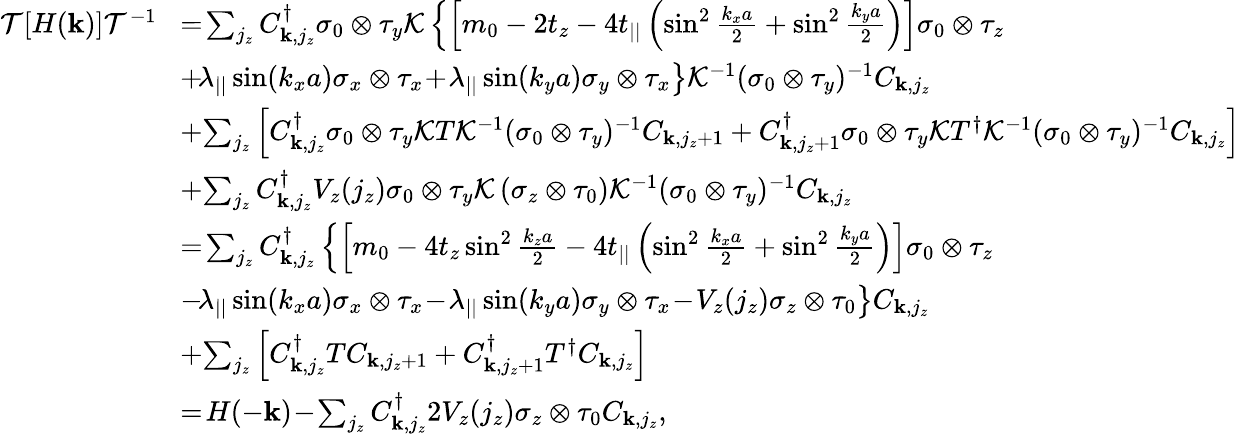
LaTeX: \begin{array}{rl}{{\cal T}[H({\mathbf k})]{\cal T}^{-1}}&{\! =\! \sum_{j_{z}}C_{{\mathbf k},j_{z}}^{\dagger}\sigma_{0}\otimes\tau_{y}{\cal K}\left\{ \left[m_{0}-2t_{z}-4t_{||}\left(\sin^{2}\frac{k_{x}a}{2}+\sin^{2}\frac{k_{y}a}{2}\right)\right]\sigma_{0}\otimes\tau_{z}\right.}\\ &{\left.\! +\! \lambda_{||}\sin(k_{x}a)\sigma_{x}\otimes\tau_{x}\! +\! \lambda_{||}\sin(k_{y}a)\sigma_{y}\otimes\tau_{x}\right\} {\cal K}^{-1}(\sigma_{0}\otimes\tau_{y})^{-1}C_{{\mathbf k},j_{z}}}\\ &{\! +\! \sum_{j_{z}}\left[C_{{\mathbf k},j_{z}}^{\dagger}\sigma_{0}\otimes\tau_{y}{\cal K}T{\cal K}^{-1}(\sigma_{0}\otimes\tau_{y})^{-1}C_{{\mathbf k},j_{z}+1}+C_{{\mathbf k},j_{z}+1}^{\dagger}\sigma_{0}\otimes\tau_{y}{\cal K}T^{\dagger}{\cal K}^{-1}(\sigma_{0}\otimes\tau_{y})^{-1}C_{{\mathbf k},j_{z}}\right]}\\ &{\! +\! \sum_{j_{z}}C_{{\mathbf k},j_{z}}^{\dagger}V_{z}(j_{z})\sigma_{0}\otimes\tau_{y}{\cal K}\left(\sigma_{z}\otimes\tau_{0}\right){\cal K}^{-1}(\sigma_{0}\otimes\tau_{y})^{-1}C_{{\mathbf k},j_{z}}}\\ &{\! =\! \sum_{j_{z}}C_{{\mathbf k},j_{z}}^{\dagger}\left\{ \left[m_{0}-4t_{z}\sin^{2}\frac{k_{z}a}{2}-4t_{||}\left(\sin^{2}\frac{k_{x}a}{2}+\sin^{2}\frac{k_{y}a}{2}\right)\right]\sigma_{0}\otimes\tau_{z}\right.}\\ &{\left.\! -\! \lambda_{||}\sin(k_{x}a)\sigma_{x}\otimes\tau_{x}\! -\! \lambda_{||}\sin(k_{y}a)\sigma_{y}\otimes\tau_{x}\! -\! V_{z}(j_{z})\sigma_{z}\otimes\tau_{0}\right\} C_{{\mathbf k},j_{z}}}\\ &{\! +\! \sum_{j_{z}}\left[C_{{\mathbf k},j_{z}}^{\dagger}TC_{{\mathbf k},j_{z}+1}+C_{{\mathbf k},j_{z}+1}^{\dagger}T^{\dagger}C_{{\mathbf k},j_{z}}\right]}\\ &{\! =\! H(-{\mathbf k})\! -\! \sum_{j_{z}}C_{{\mathbf k},j_{z}}^{\dagger}2V_{z}(j_{z})\sigma_{z}\otimes\tau_{0}C_{{\mathbf k},j_{z}},}\end{array}